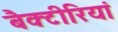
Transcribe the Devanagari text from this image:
बैक्टीरियां